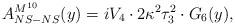
LaTeX: \begin{align*}A^{M^{10}}_{NS-NS}(y) = i V_4 \cdot 2 \kappa^2 \tau_3^2 \cdot G_6(y),\end{align*}